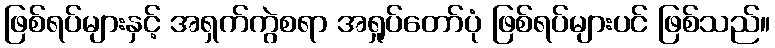
ဖြစ်ရပ်များနှင့် အရှက်ကွဲစရာ အရှုပ်တော်ပုံ ဖြစ်ရပ်များပင် ဖြစ်သည်။